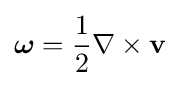
{\boldsymbol {\omega }}={\frac {1}{2}}\nabla \times \mathbf {v}